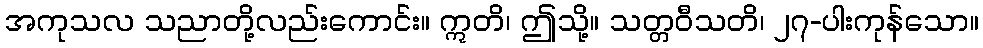
အကုသလ သညာတို့လည်းကောင်း။ ဣတိ၊ ဤသို့။ သတ္တဝီသတိ၊ ၂၇-ပါးကုန်သော။